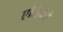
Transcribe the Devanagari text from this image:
एलियो